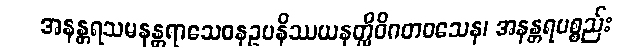
အနန္တရသမနန္တရာသေဝနဥပနိဿယနတ္ထိဝိဂတဝသေန၊ အနန္တရပစ္စည်း